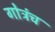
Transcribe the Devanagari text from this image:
गोत्रंच